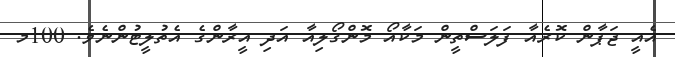
އެއީ ޖަޕާން ކޮރެއާ ފަލަސްތީން މަކާއޯ މޮންގޯލިއާ އަދި އީރާންގެ އެތުލީޓުންނެވެ. 100މ